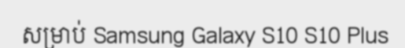
សម្រាប់ Samsung Galaxy S10 S10 Plus